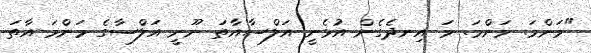
"މަންމަ. މަންމަ. މަ އިނދެގެން އުޅެނީ އަލްސާއާތަ ނޫނީ އަލްސާގެ މަންމަ އާތަ